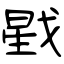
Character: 戥